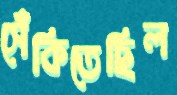
সেঁকিতেছিল